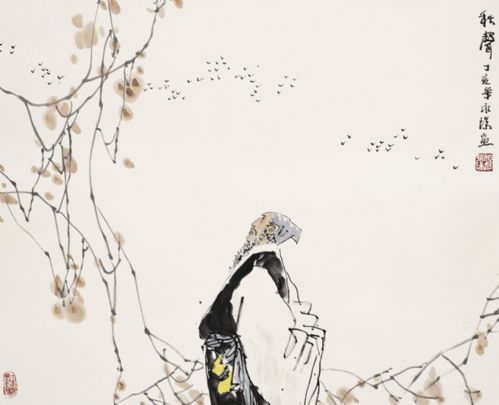
黄花深巷，红叶低窗，凄凉一片秋声。